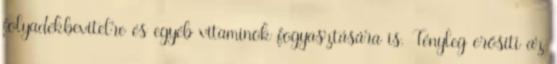
folyadékbevitelre és egyéb vitaminok fogyasztására is. Tényleg erősíti az